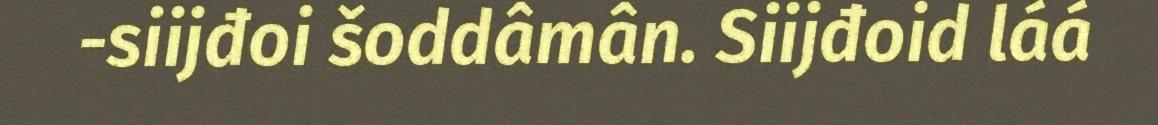
-siijđoi šoddâmân. Siijđoid láá